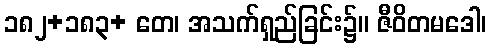
၁၈၂+၁၈၃+ တေ၊ အသက်ရှည်ခြင်း၌။ ဇီဝိတမဒေါ၊